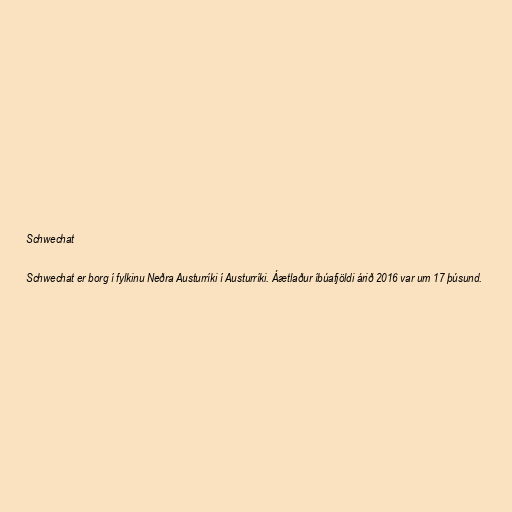
Schwechat

Schwechat er borg í fylkinu Neðra Austurríki í Austurríki. Áætlaður íbúafjöldi árið 2016 var um 17 þúsund.